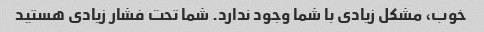
خوب، مشکل زیادی با شما وجود ندارد. شما تحت فشار زیادی هستید